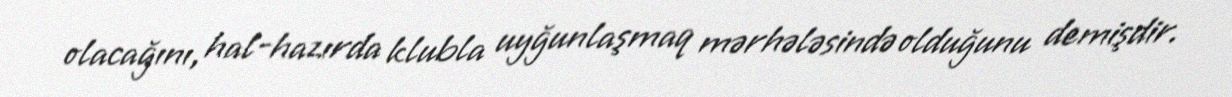
olacağını, hal-hazırda klubla uyğunlaşmaq mərhələsində olduğunu demişdir.